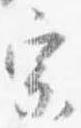
宗